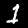
Label: 1